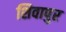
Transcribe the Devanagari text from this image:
शिवापुर